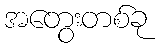
အတွေးတစ်ခု